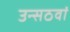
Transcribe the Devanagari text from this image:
उन्सठवां